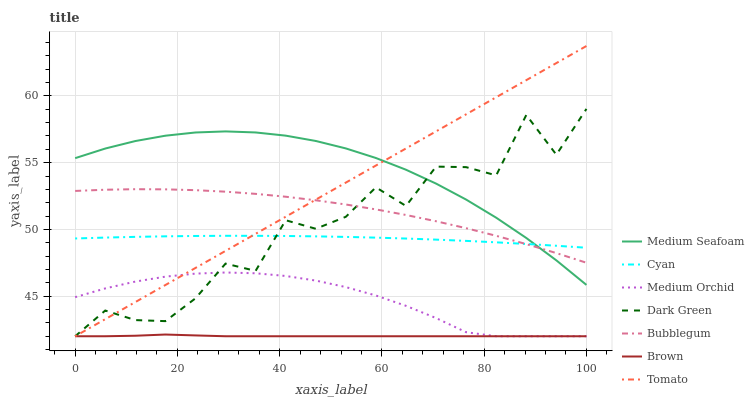
| xaxis_label | Medium Seafoam | Cyan | Medium Orchid | Dark Green | Bubblegum | Brown | Tomato |
 | --- | --- | --- | --- | --- | --- | --- | --- |
 | 0 | 55.3 | 49.3 | 44.9 | 42 | 52.9 | 42 | 42 |
 | 5.88 | 56.1 | 49.4 | 45.6 | 43.9 | 53 | 42 | 43.3 |
 | 11.8 | 56.6 | 49.4 | 46.1 | 43.2 | 53 | 42 | 44.6 |
 | 17.6 | 57 | 49.5 | 46.5 | 43.1 | 53 | 42.1 | 45.8 |
 | 23.5 | 57.3 | 49.5 | 46.7 | 44.8 | 52.9 | 42.1 | 47.1 |
 | 29.4 | 57.3 | 49.5 | 46.8 | 47.4 | 52.8 | 42 | 48.4 |
 | 35.3 | 57.3 | 49.5 | 46.7 | 46.9 | 52.7 | 42 | 49.7 |
 | 41.2 | 57 | 49.5 | 46.5 | 50.7 | 52.5 | 42 | 51 |
 | 47.1 | 56.6 | 49.5 | 46.2 | 50.1 | 52.2 | 42 | 52.2 |
 | 52.9 | 56.1 | 49.4 | 45.7 | 50.9 | 51.9 | 42 | 53.5 |
 | 58.8 | 55.4 | 49.4 | 45.1 | 53.2 | 51.5 | 42 | 54.8 |
 | 64.7 | 54.5 | 49.3 | 44.3 | 51.8 | 51.1 | 42 | 56.1 |
 | 70.6 | 53.4 | 49.2 | 43.4 | 54.7 | 50.6 | 42 | 57.3 |
 | 76.5 | 52.2 | 49.1 | 42.3 | 54.7 | 50.1 | 42 | 58.6 |
 | 82.4 | 50.9 | 49 | 42 | 54.1 | 49.5 | 42 | 59.9 |
 | 88.2 | 49.4 | 48.9 | 42 | 58.6 | 48.9 | 42 | 61.2 |
 | 94.1 | 47.7 | 48.8 | 42 | 55.6 | 48.2 | 42 | 62.5 |
 | 100 | 45.8 | 48.6 | 42 | 59 | 47.5 | 42 | 63.7 |